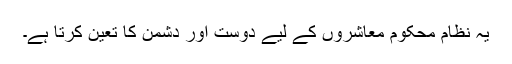
یہ نظام محکوم معاشروں کے لیے دوست اور دشمن کا تعین کرتا ہے۔